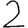
Digit: 2